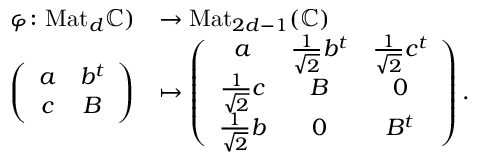
\begin{array} { r l } { \varphi \colon \mathrm { M a t } _ { d } \mathbb C ) } & { \to \mathrm { M a t } _ { 2 d - 1 } ( \mathbb C ) } \\ { \left( \begin{array} { c c } { a } & { b ^ { t } } \\ { c } & { B } \end{array} \right) } & { \mapsto \left( \begin{array} { c c c } { a } & { \frac { 1 } { \sqrt { 2 } } b ^ { t } } & { \frac { 1 } { \sqrt { 2 } } c ^ { t } } \\ { \frac { 1 } { \sqrt { 2 } } c } & { B } & { 0 } \\ { \frac { 1 } { \sqrt { 2 } } b } & { 0 } & { B ^ { t } } \end{array} \right) . } \end{array}